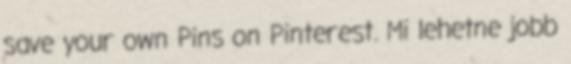
save your own Pins on Pinterest. Mi lehetne jobb